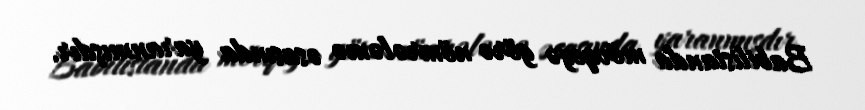
Babilistanda mövqeyə görə nömrələmə əsasında yaranmışdır.